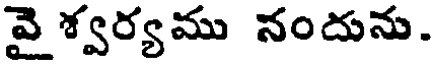
వై శ్వర్యము నందును.